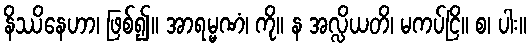
နိဿိနေဟာ၊ ဖြစ်၍။ အာရမ္မဏံ၊ ကို။ န အလ္လိယတိ၊ မကပ်ငြိ။ စ၊ ပါး။